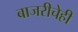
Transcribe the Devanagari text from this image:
बाजरीचेही